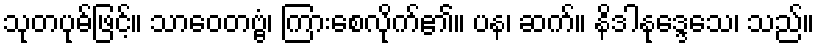
သုတပုဓ်ဖြင့်။ သာဝေတဗ္ဗံ၊ ကြားစေလိုက်၏။ ပန၊ ဆက်။ နိဒါနုဒ္ဒေသေ၊ သည်။